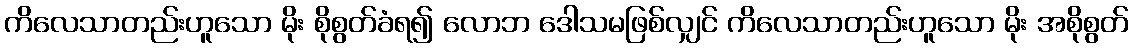
ကိလေသာတည်းဟူသော မိုး စိုစွတ်ခံရ၍ လောဘ ဒေါသမဖြစ်လျှင် ကိလေသာတည်းဟူသော မိုး အစိုစွတ်